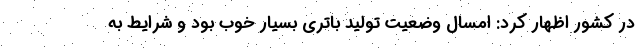
در کشور اظهار کرد: امسال وضعیت تولید باتری بسیار خوب بود و شرایط به